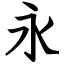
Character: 永